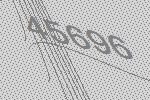
45696